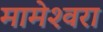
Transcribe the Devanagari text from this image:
मामेश्‍वरा